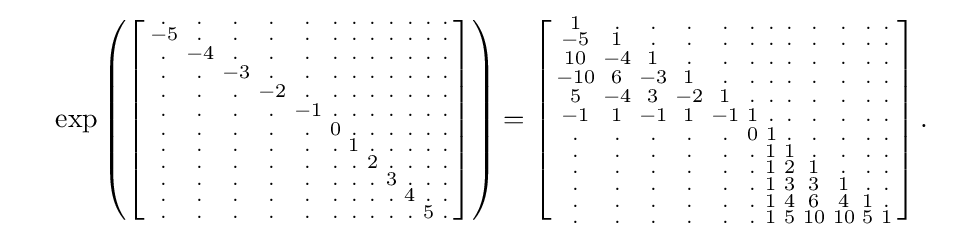
{\begin{array}{lll}&\exp \left(\left[{\begin{smallmatrix}.&.&.&.&.&.&.&.&.&.&.&.\\-5&.&.&.&.&.&.&.&.&.&.&.\\.&-4&.&.&.&.&.&.&.&.&.&.\\.&.&-3&.&.&.&.&.&.&.&.&.\\.&.&.&-2&.&.&.&.&.&.&.&.\\.&.&.&.&-1&.&.&.&.&.&.&.\\.&.&.&.&.&0&.&.&.&.&.&.\\.&.&.&.&.&.&1&.&.&.&.&.\\.&.&.&.&.&.&.&2&.&.&.&.\\.&.&.&.&.&.&.&.&3&.&.&.\\.&.&.&.&.&.&.&.&.&4&.&.\\.&.&.&.&.&.&.&.&.&.&5&.\end{smallmatrix}}\right]\right)=\left[{\begin{smallmatrix}1&.&.&.&.&.&.&.&.&.&.&.\\-5&1&.&.&.&.&.&.&.&.&.&.\\10&-4&1&.&.&.&.&.&.&.&.&.\\-10&6&-3&1&.&.&.&.&.&.&.&.\\5&-4&3&-2&1&.&.&.&.&.&.&.\\-1&1&-1&1&-1&1&.&.&.&.&.&.\\.&.&.&.&.&0&1&.&.&.&.&.\\.&.&.&.&.&.&1&1&.&.&.&.\\.&.&.&.&.&.&1&2&1&.&.&.\\.&.&.&.&.&.&1&3&3&1&.&.\\.&.&.&.&.&.&1&4&6&4&1&.\\.&.&.&.&.&.&1&5&10&10&5&1\end{smallmatrix}}\right].\end{array}}